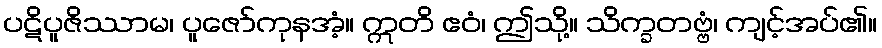
ပဋိပူဇိဿာမ၊ ပူဇော်ကုနအံ့။ ဣတိ ဧဝံ၊ ဤသို့။ သိက္ခတဗ္ဗံ၊ ကျင့်အပ်၏။